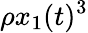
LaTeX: \rho x_{1}(t)^{3}